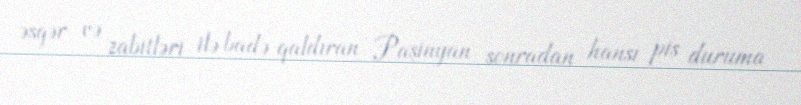
əsgər və zabitləri ilə badə qaldıran Paşinyan sonradan hansı pis duruma